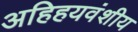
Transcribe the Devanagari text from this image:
अहिहयवंशीय